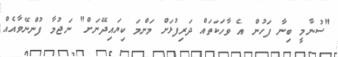
"ސުނާމީ ބިނާ ފަހުން އެ ވާހަކަތައް ދަރިފުޅަށް މަންމަ ކިޔައިދޭނަށް" ނަޖުމާ ފުންނޭވާއެއް